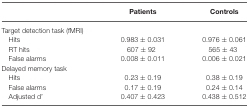
|  | Patients | Controls |
 | --- | --- | --- |
 | Target detection task (fMRI) |
 | Hits | 0.983 ± 0.031 | 0.976 ± 0.061 |
 | RT hits | 607 ± 92 | 565 ± 43 |
 | False alarms | 0.008 ± 0.011 | 0.006 ± 0.021 |
 | Delayed memory task |
 | Hits | 0.23 ± 0.19 | 0.38 ± 0.19 |
 | False alarms | 0.17 ± 0.19 | 0.24 ± 0.14 |
 | Adjusted d’ | 0.407 ± 0.423 | 0.438 ± 0.512 |